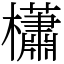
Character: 櫹